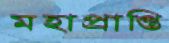
মহাপ্রাপ্তি